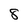
Character: 8